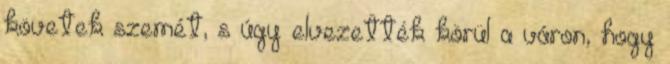
követek szemét, s úgy elvezették körül a váron, hogy